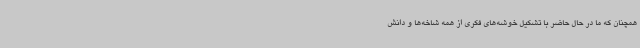
همچنان که ما در حال حاضر با تشکیل خوشه‌های فکری از همه شاخه‌ها و دانش